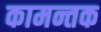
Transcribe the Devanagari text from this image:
कामन्तक